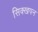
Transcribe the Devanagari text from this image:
सिक्खपन